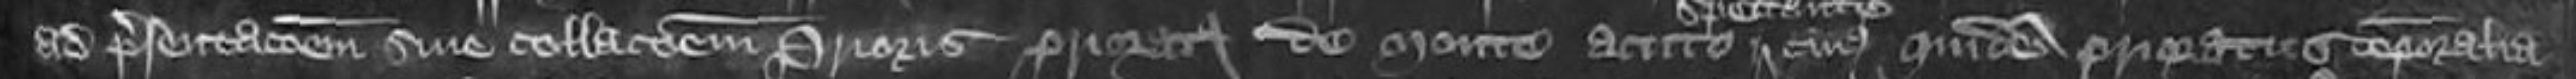
ad presentationem sive collacionem Prioris Prioratus de Monte Acuto cuius quidem Prioratus temporalia